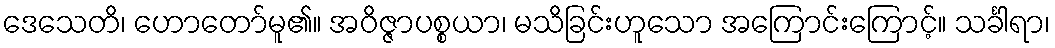
ဒေသေတိ၊ ဟောတော်မူ၏။ အဝိဇ္ဇာပစ္စယာ၊ မသိခြင်းဟူသော အကြောင်းကြောင့်။ သင်္ခါရာ၊